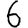
Digit: 6